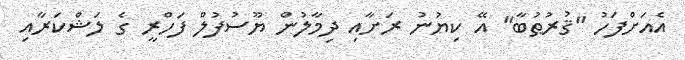
އެއަށްފަހު ''ޤުރުޠުބާ'' އޭ ކިޔުނު ރަށާއި ދިމާލުން ޔޫސުފުލް ފަހްރީ ގެ ލަޝްކަރާއި